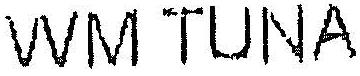
WM TUNA